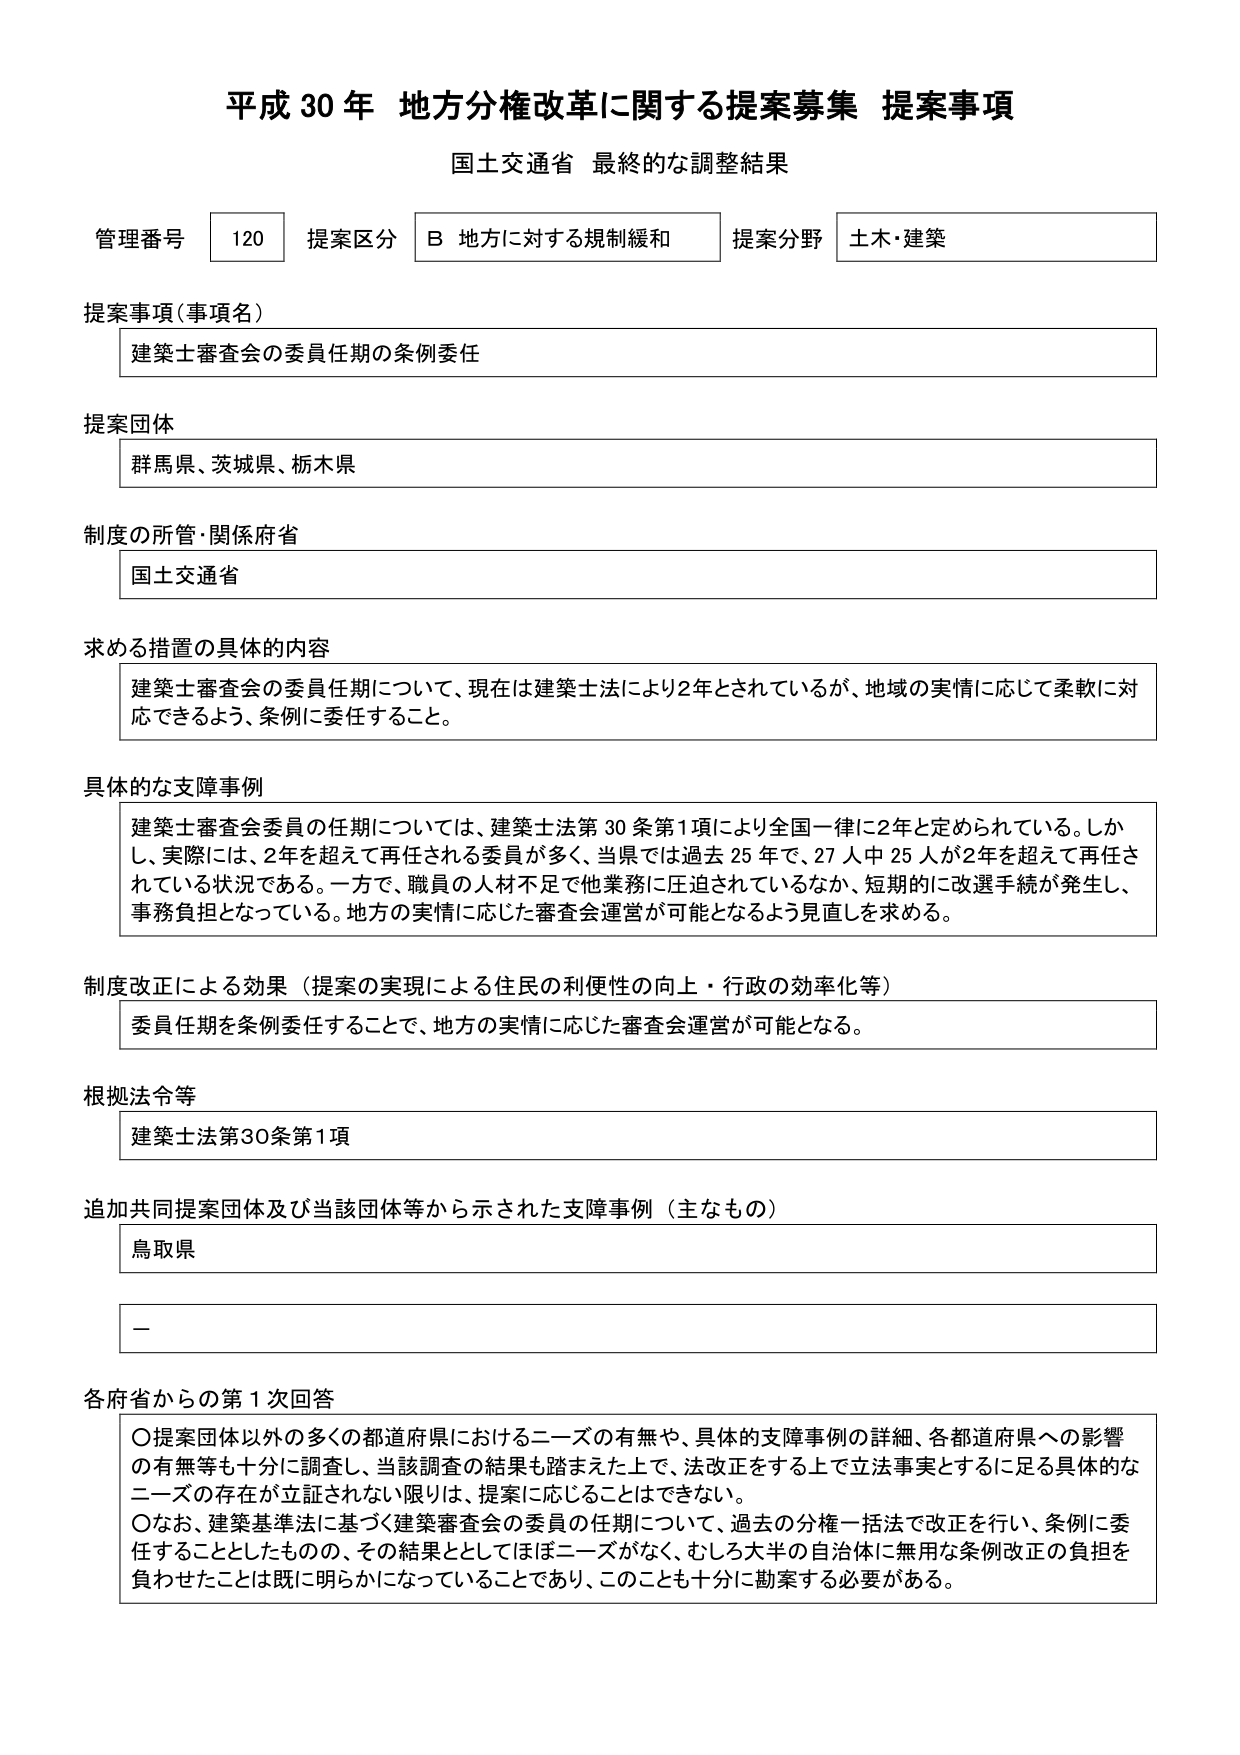
平成30年 地方分権改革に関する提案募集 提案事項
国土交通省 最終的な調整結果

管理番号 120 提案区分 B 地方に対する規制緩和 提案分野 土木・建築

提案事項（事項名）
建築士審査会の委員任期の条例委任

提案団体
群馬県、茨城県、栃木県

制度の所管・関係府省
国土交通省

求める措置の具体的内容
建築士審査会の委員任期について、現在は建築士法により2年とされているが、地域の実情に応じて柔軟に対応できるよう、条例に委任すること。

具体的な支障事例
建築士審査会委員の任期については、建築士法第30条第1項により全国一律に2年と定められている。しかし、実際には、2年を超えて再任される委員が多く、当県では過去25年で、27人中25人が2年を超えて再任されている状況である。一方で、職員の人材不足で他業務に圧迫されているなか、短期的に改選手続が発生し、事務負担となっている。地方の実情に応じた審査会運営が可能となるよう見直しを求める。

制度改正による効果（提案の実現による住民の利便性の向上・行政の効率化等）
委員任期を条例委任することで、地方の実情に応じた審査会運営が可能となる。

根拠法令等
建築士法第30条第1項

追加共同提案団体及び当該団体等から示された支障事例（主なもの）
鳥取県
－

各府省からの第1次回答
〇提案団体以外の多くの都道府県におけるニーズの有無や、具体的な支障事例の詳細、各都道府県への影響の有無等も十分に調査し、当該調査の結果も踏まえた上で、法改正をする上で立法事実とするに足る具体的なニーズの存在が立証されない限りは、提案に応じることはできない。
〇なお、建築基準法に基づく建築審査会の委員の任期について、過去の分権一括法で改正を行い、条例に委任することとしたものの、その結果としてほぼニーズがなく、むしろ大半の自治体に無用な条例改正の負担を負わせたことは既に明らかになっていることであり、このことも十分に勘案する必要がある。